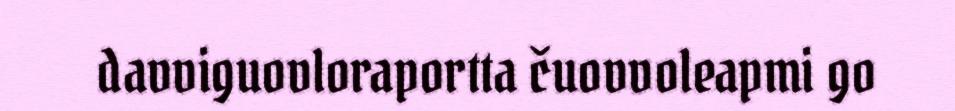
davviguovloraportta čuovvoleapmi go